system: You are a helpful assistant.
user:
Analyze the provided spectrum to determine if it is a **S-type Star**.

- **Key Indicators for S-type Star:**

    - **(Overall Spectrum Shape):** The first and most obvious characteristic is the overall continuum (the "baseline" shape). It is **extremely "red-sloping,"** meaning the flux (light intensity) is very low on the left side (blue, ~4000-4500 Å) and rises steeply and continuously toward the right side (red, ~7000 Å+).

    - **(Primary):** The spectrum is defined by the presence of strong, broad molecular absorption "valleys" (bands) from **Zirconium Oxide (ZrO)**. The identification of these bands is the **primary requirement** for classifying a star as S-type.
        - **(Key Bandheads):** You must find distinct, deep "dips" where the light has been absorbed. The most critical band systems to locate are:
            - **~6474 Å** ($\gamma$-system): This is often the strongest and clearest ZrO feature, found in the red part of the spectrum.
            - **~5718 Å** & **~5551 Å** ($\beta$-system): A pair of prominent absorption features in the yellow-orange part of the spectrum.
            - **~4640 Å** ($\alpha$-system): A key absorption band system in the blue-green region of the spectrum.

    - **(Secondary Confirmation):** The classification is strengthened by finding additional absorption bands from other related heavy element oxides, which are expected to be present alongside ZrO.
        - **(Key Bandheads):**
            - **Yttrium Oxide (YO):** Look for absorption dips near **~4800 Å** and **~6100 Å**.
            - **Lanthanum Oxide (LaO):** Additional absorption features, particularly in the red-orange part of the spectrum, are also characteristic.

    - **(Line Profile):** The combination of the steep red continuum and these numerous, deep molecular bands (ZrO, YO, etc.) gives the entire spectrum a very **"chopped-up"** or **"bumpy"** appearance. Instead of a smooth curve, the spectrum looks as though large, wide chunks of light have been "carved out" of it at the specific wavelengths listed above.

Think first, call **spectral_visualization_tool** if needed to examine features in detail, then provide your final answer. Your response must adhere to the following strict rules:
1.  **Overall Structure:** Your response must follow the format `<think>...</think> <tool_call>...</tool_call> (if a tool is used) <answer>...</answer>`.
2.  **Tool Usage Constraint:** You may only make **one** tool call per turn.
3.  **Final Answer Format:** In the `<answer>` tag, your conclusion must be inside a `\boxed{}` command (e.g., `\boxed{YES}` or `\boxed{NO}`), followed by your justification.

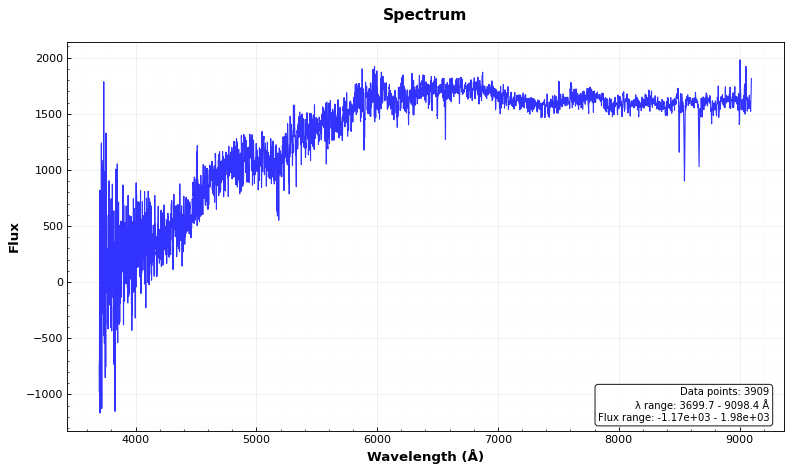
Answer: NO